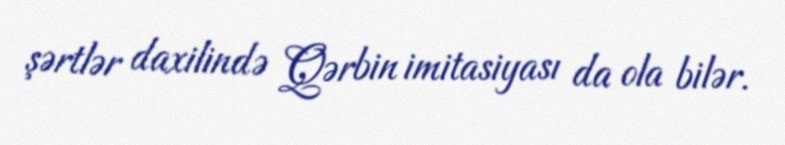
şərtlər daxilində Qərbin imitasiyası da ola bilər.